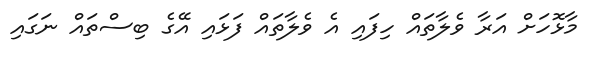
މާޅޮހަށް އަރާ ވެލާތައް ހިފައި އެ ވެލާތައް ފަޅައި އޭގެ ބިސްތައް ނަގައި